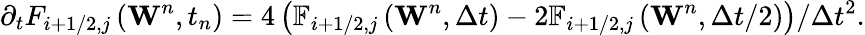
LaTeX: {{\partial}_{t}}{{F}_{i+1/2,j}}\left({{\mathbf{W}}^{n}},{{t}_{n}}\right)=4\left({{\mathbb{F}}_{i+1/2,j}}\left({{\mathbf{W}}^{n}},\Delta t\right)-2{{\mathbb{F}}_{i+1/2,j}}\left({{\mathbf{W}}^{n}},\Delta t/2\right)\right)/\Delta{{t}^{2}}.